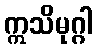
ဣသိမုဂ္ဂါ